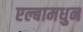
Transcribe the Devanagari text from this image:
एल्बामधुन